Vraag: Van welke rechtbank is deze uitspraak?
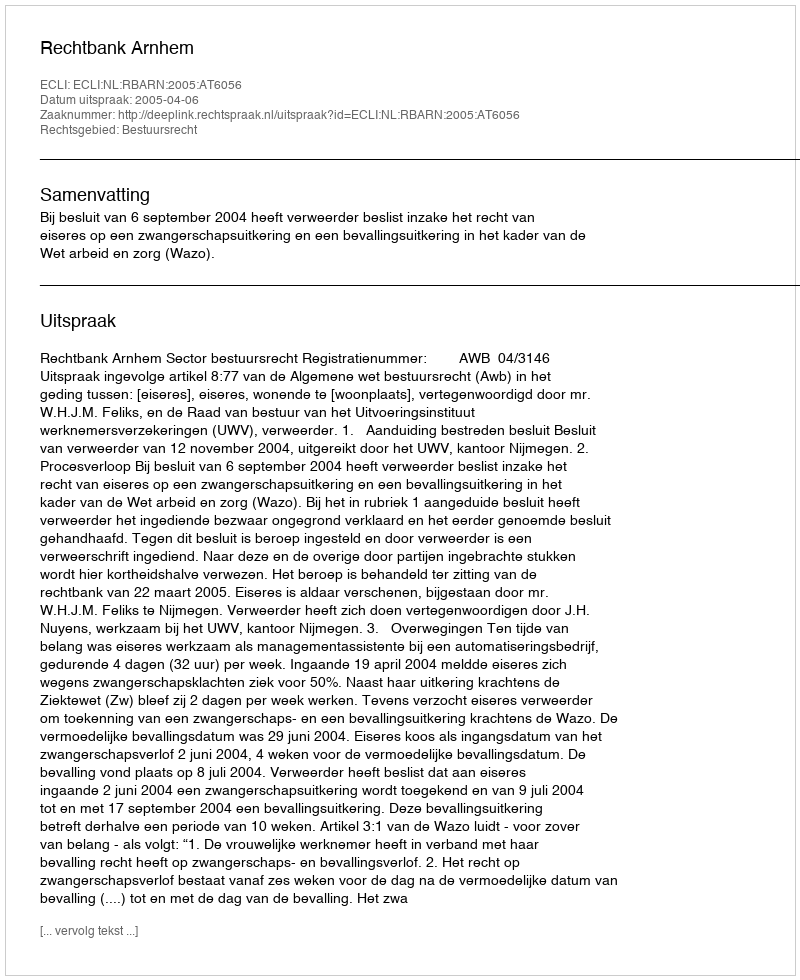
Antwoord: Rechtbank Arnhem